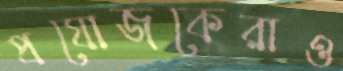
প্রযোজকেরাও